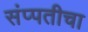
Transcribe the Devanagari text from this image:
संप्पतीचा